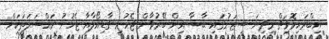
އިބްރަހިމޮވިޗް މިދިޔަ ސީޒަނުގައި ބާސާ އިން ބޭރުވާން ޖެހުނީ ގާޑިއޯލާއާ ޖެހުނު މައްސަލަތަކަށް